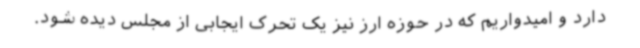
دارد و امیدواریم که در حوزه ارز نیز یک تحرک ایجابی از مجلس دیده شود.